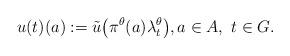
LaTeX: \begin{align*} u(t)(a) := \tilde{u} \big( \pi^\theta(a)\lambda^\theta_t \big), a \in A,\ t \in G.\end{align*}